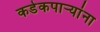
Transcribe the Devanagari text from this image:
कडेकपाऱ्यांना